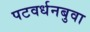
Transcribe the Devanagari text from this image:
पटवर्धनबुवा